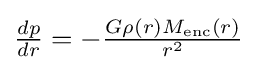
{\textstyle {\frac {dp}{dr}}=-{\frac {G\rho (r)M_{\text{enc}}(r)}{r^{2}}}}